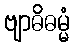
ဗျာဓိဓမ္မံ